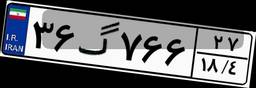
۳۶گ۷۶۶۲۷